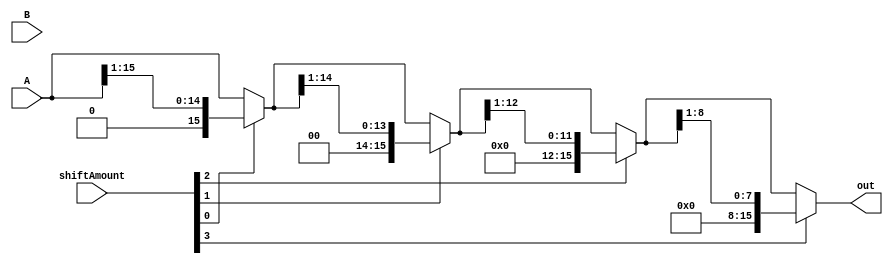
`timescale 1ns / 1ps
//////////////////////////////////////////////////////////////////////////////////
// Company: 
// Engineer: 
// 
// Design Name: 
// Module Name: SRA
// Project Name: 
// Target Devices: 
// Tool Versions: 
// Description: 
// 
// Dependencies: 
// 
// Revision:
// Revision 0.01 - File Created
// Additional Comments:
// 
//////////////////////////////////////////////////////////////////////////////////


module SRA(
  input [15:0] A,
  input [15:0] B,
  input [3:0] shiftAmount,
  output reg [15:0] out
);

  always @* begin
    out = A; // Initialize out with A

    if (shiftAmount[0] == 1'b1)
      out = {1'b0, out[15:1]}; // Adjusted part-select: 14:0 instead of 0:14

    if (shiftAmount[1] == 1'b1)
      out = {2'b00,out[14:1]}; // Adjusted part-select: 13:0 instead of 0:13

    if (shiftAmount[2] == 1'b1)
      out = {4'b0000,out[12:1] };

    if (shiftAmount[3] == 1'b1)
      out = {8'b00000000,  out[8:1]};
  end

endmodule